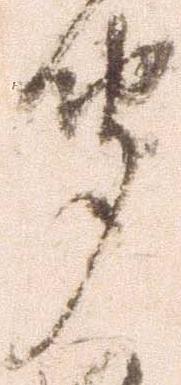
聞